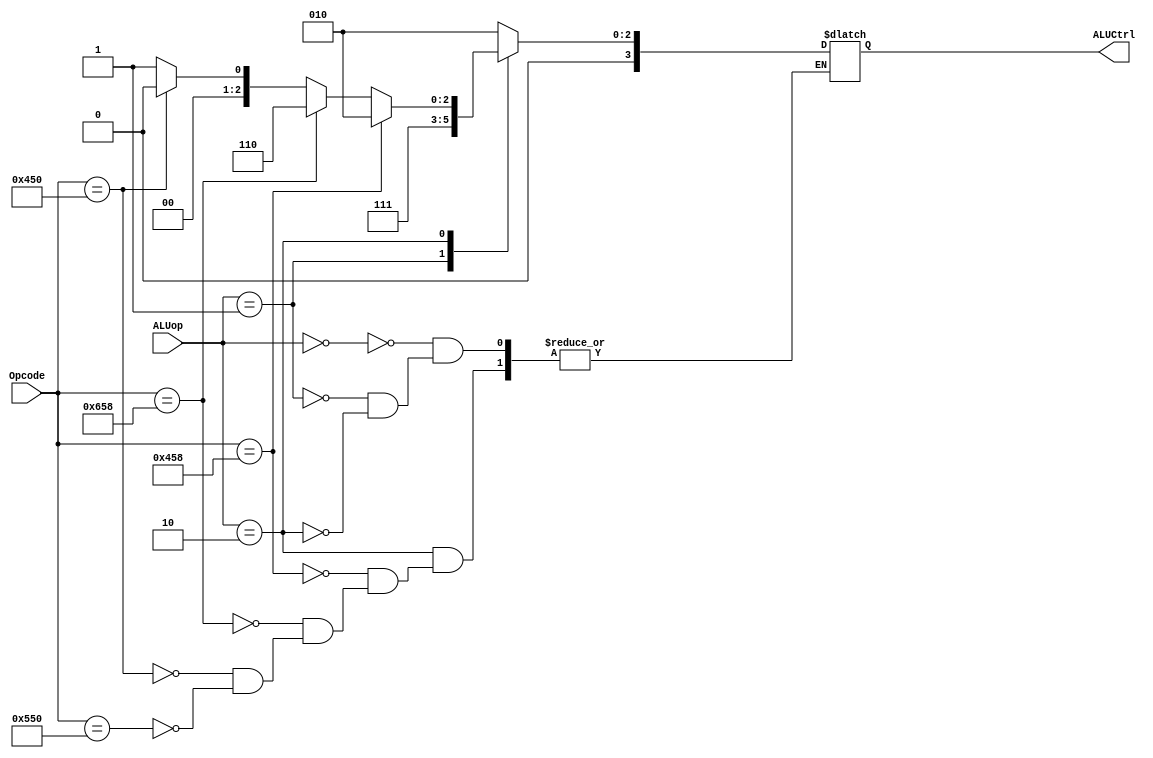
`timescale 1ns / 1ps


module ALUControl(ALUCtrl, ALUop, Opcode);
    input [1:0] ALUop;
    input [10:0] Opcode;
    output [3:0] ALUCtrl;
    
    reg [3:0] out; //need a reg to operate in always block
    
    
    always @(*) begin 
        case(ALUop)
            2'b00: begin //LDUR or STUR
                out <= #2 4'b0010;
                end
            2'b01: begin //CBZ
                out <= #2 4'b0111;
                end
            2'b10: begin
                if(Opcode == 11'b10001011000) // ADD
                    out <= #2 4'b0010;
                else if(Opcode == 11'b11001011000) //SUB
                    out <= #2 4'b0110;
                else if(Opcode == 11'b10001010000) //AND
                    out <= #2 4'b0000;
                else if(Opcode == 11'b10101010000) //ORR
                    out <= #2 4'b0001;
                end

        endcase
    end
    assign #2 ALUCtrl = out;   //assign ALUCtrl to output 
    
endmodule